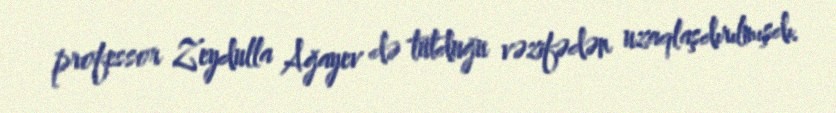
professor Zeydulla Ağayev də tutduğu vəzifədən uzaqlaşdırılmışdı.